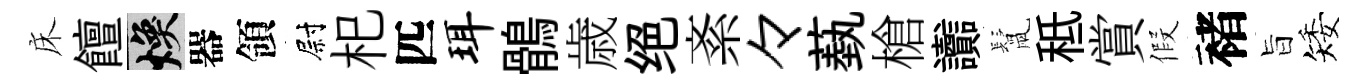
床饘焕器領尉𣏌匹珥鶻歳绝紊々蓺槍讟鬛秪賞假褚旨矮